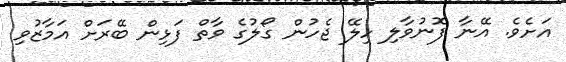
އަށެވެ. އޭނާ ފޮނުވާލި ހިލޭ ޖެހުން ގޯލުގެ ވާތް ފަޅިން ބޭރަށް އަމާޒުވި